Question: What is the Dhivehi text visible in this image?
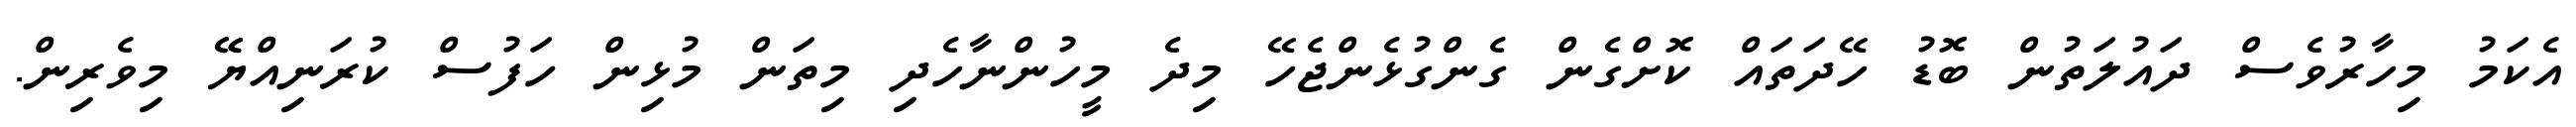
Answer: އެކަމު މިހާރުވެސް ދައުލަތުން ބޮޑު ހޭދަތައް ކޮށްގެން ގެންގުޅެންޖެހޭ މިދެ މީހުންނާހެދި މިތަން މުޅިން ހަފުސް ކުރަނިއްޔޭޭ މިވެރިން.